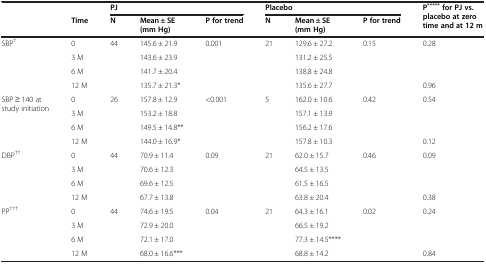
|  |  | <COLSPAN=3> PJ | <COLSPAN=3> Placebo | <ROWSPAN=2> P***** for PJ vs. placebo at zero time and at 12 m |
 |  | Time | N | Mean ± SE (mm Hg) | P for trend | N | Mean ± SE (mm Hg) | P for trend |
 | --- | --- | --- | --- | --- | --- | --- | --- | --- |
 | <ROWSPAN=4> SBP† | 0 | <ROWSPAN=4> 44 | 145.6 ± 21.9 | <ROWSPAN=4> 0.001 | <ROWSPAN=4> 21 | 129.6 ± 27.2 | <ROWSPAN=4> 0.15 | 0.28 |
 | 3 M | 143.6 ± 23.9 | 131.2 ± 25.5 | <ROWSPAN=2>  |
 | 6 M | 141.7 ± 20.4 | 138.8 ± 24.8 |
 | 12 M | 135.7 ± 21.3* | 135.6 ± 27.7 | 0.96 |
 | <ROWSPAN=4> SBP ≥ 140 at study initiation | 0 | <ROWSPAN=4> 26 | 157.8 ± 12.9 | <ROWSPAN=4> <0.001 | <ROWSPAN=4> 5 | 162.0 ± 10.6 | <ROWSPAN=4> 0.42 | 0.54 |
 | 3 M | 153.2 ± 18.8 | 157.1 ± 13.9 | <ROWSPAN=2>  |
 | 6 M | 149.5 ± 14.8** | 156.2 ± 17.6 |
 | 12 M | 144.0 ± 16.9* | 157.8 ± 10.3 | 0.12 |
 | <ROWSPAN=4> DBP†† | 0 | <ROWSPAN=4> 44 | 70.9 ± 11.4 | <ROWSPAN=4> 0.09 | <ROWSPAN=4> 21 | 62.0 ± 15.7 | <ROWSPAN=4> 0.46 | 0.09 |
 | 3 M | 70.6 ± 12.3 | 64.5 ± 13.5 | <ROWSPAN=2>  |
 | 6 M | 69.6 ± 12.5 | 61.5 ± 16.5 |
 | 12 M | 67.7 ± 13.8 | 63.8 ± 20.4 | 0.38 |
 | <ROWSPAN=4> PP††† | 0 | <ROWSPAN=4> 44 | 74.6 ± 19.5 | <ROWSPAN=4> 0.04 | <ROWSPAN=4> 21 | 64.3 ± 16.1 | <ROWSPAN=4> 0.02 | 0.24 |
 | 3 M | 72.9 ± 20.0 | 66.5 ± 19.2 | <ROWSPAN=2>  |
 | 6 M | 72.1 ± 17.0 | 77.3 ± 14.5**** |
 | 12 M | 68.0 ± 16.6*** | 68.8 ± 14.2 | 0.84 |